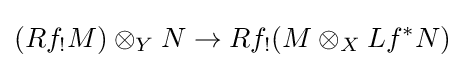
(Rf_{!}M)\otimes _{Y}N\to Rf_{!}(M\otimes _{X}Lf^{*}N)